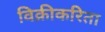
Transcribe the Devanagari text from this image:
विक्रीकरिता